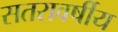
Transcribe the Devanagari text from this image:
सतरावर्षीय